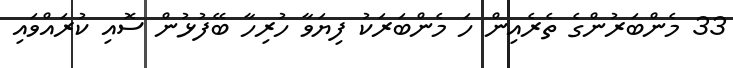
33 މެންބަރުންގެ ތެރެއިން ހަ މެންބަރަކު ފިޔަވާ ހުރިހާ ބޭފުޅުން ސޮއި ކުރައްވައި